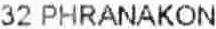
32 PHRANAKON